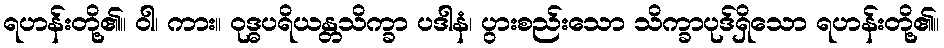
ရဟန်းတို့၏။ ဝါ၊ ကား။ ဝုဒ္ဓပရိယန္တသိက္ခာ ပဒါနံ၊ ပွားစည်းသော သိက္ခာပုဒ်ရှိသော ရဟန်းတို့၏။